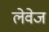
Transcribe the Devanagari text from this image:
लेवेज